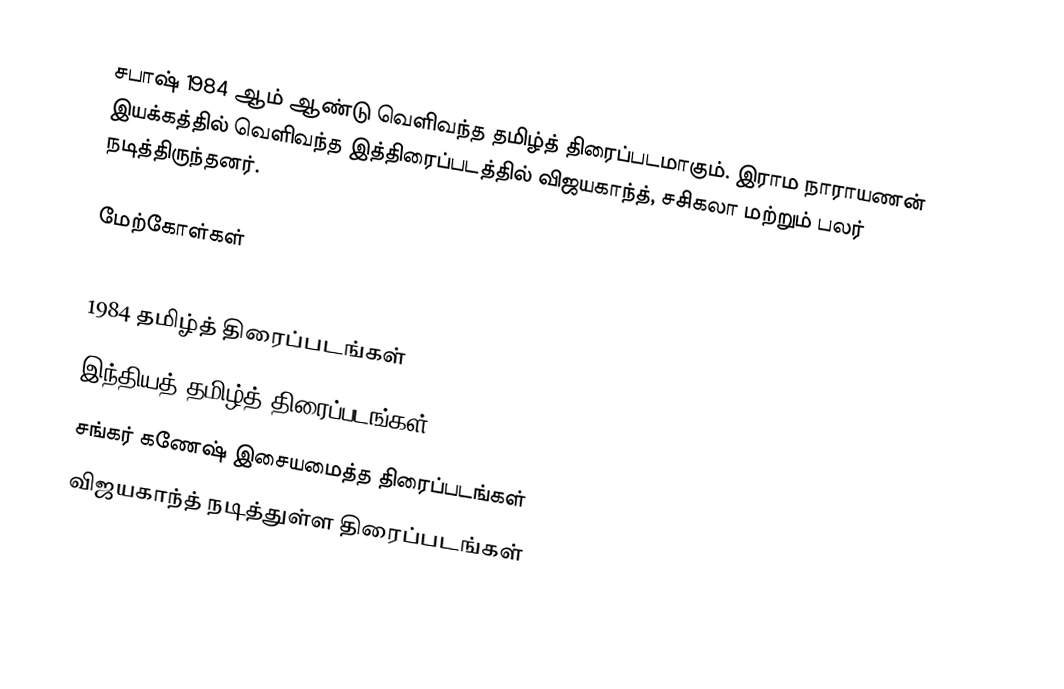
சபாஷ் 1984 ஆம் ஆண்டு வெளிவந்த தமிழ்த் திரைப்படமாகும். இராம நாராயணன் இயக்கத்தில் வெளிவந்த இத்திரைப்படத்தில் விஜயகாந்த், சசிகலா மற்றும் பலர் நடித்திருந்தனர்.

மேற்கோள்கள்

1984 தமிழ்த் திரைப்படங்கள்
இந்தியத் தமிழ்த் திரைப்படங்கள்
சங்கர் கணேஷ் இசையமைத்த திரைப்படங்கள்
விஜயகாந்த் நடித்துள்ள திரைப்படங்கள்